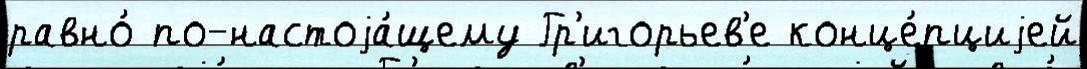
равно́ по-настоjа́щему Гр'игорьев'е конце́пциjей